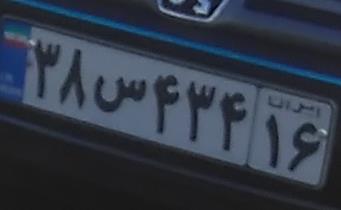
۳۸س۴۳۴۱۶